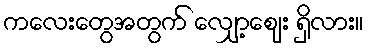
ကလေးတွေအတွက် လျှော့ဈေး ရှိလား။